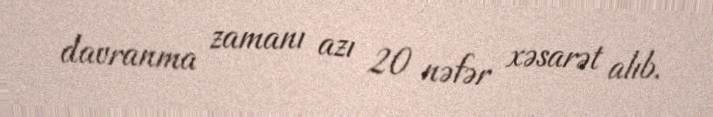
davranma zamanı azı 20 nəfər xəsarət alıb.